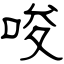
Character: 唆